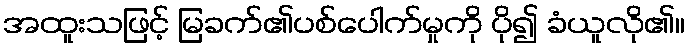
အထူးသဖြင့် မြခက်၏ပစ်ပေါက်မှုကို ပို၍ ခံယူလို၏။